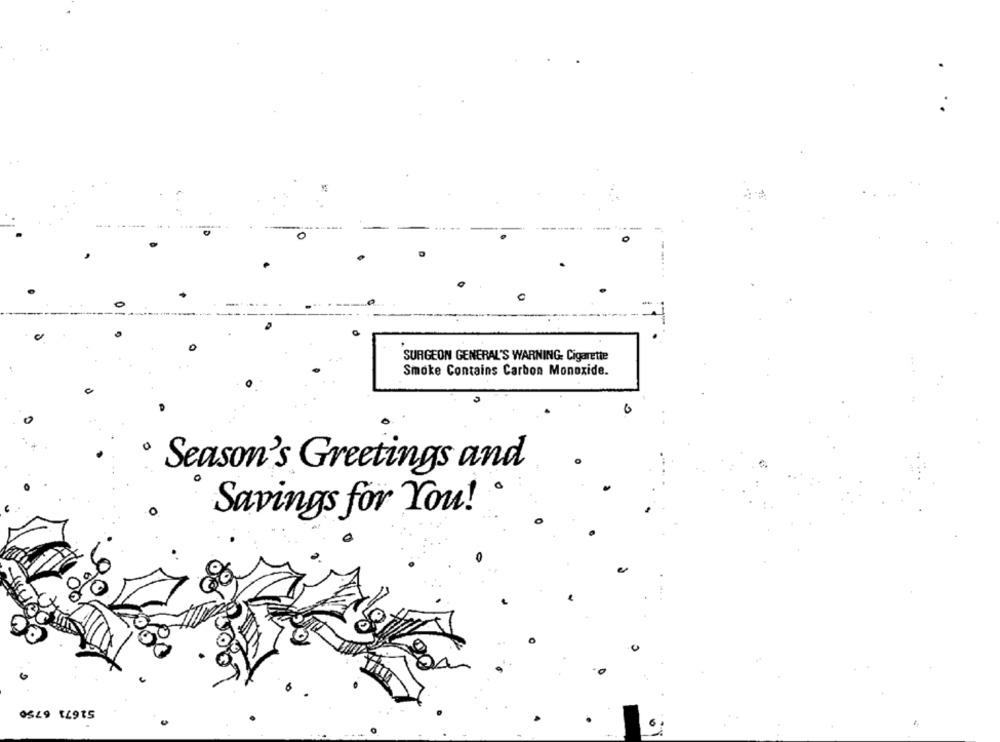
SURGEON GENERAL'S WARNING: Cigarette
Smoke Contains Carbon Monoxide.
Season's Greetings and
Savings for You!